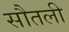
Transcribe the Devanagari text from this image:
सौतली